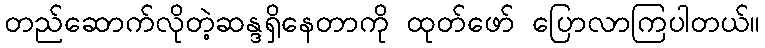
တည်ဆောက်လိုတဲ့ဆန္ဒရှိနေတာကို ထုတ်ဖော် ပြောလာကြပါတယ်။